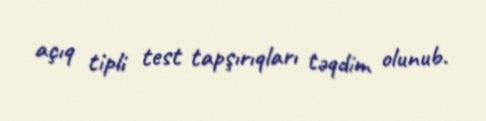
açıq tipli test tapşırıqları təqdim olunub.